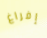
إفراغ